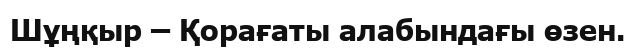
Шұңқыр – Қорағаты алабындағы өзен.